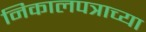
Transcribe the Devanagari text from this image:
निकालपत्राच्या